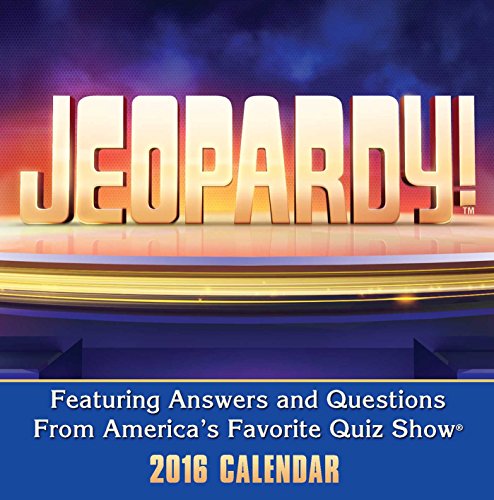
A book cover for Jeopardy! 2016 Day-to-Day Calendar; Sony; Calendars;